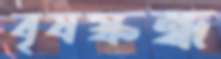
বৃষস্কন্ধ